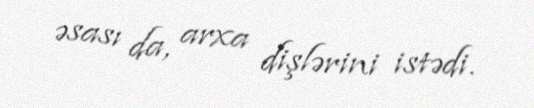
əsası da, arxa dişlərini istədi.